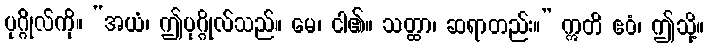
ပုဂ္ဂိုလ်ကို။ “အယံ၊ ဤပုဂ္ဂိုလ်သည်။ မေ၊ ငါ၏။ သတ္ထာ၊ ဆရာတည်း။” ဣတိ ဧဝံ၊ ဤသို့။